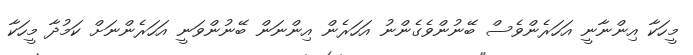
މީހަކާ އިންނާނީ އަހަރެންވެސް ބޭނުންވެގެންނު އަހަރެން އިންނަން ބޭނުންވަނީ އަހަރެންނަށް ކަމުދާ މީހަކާ